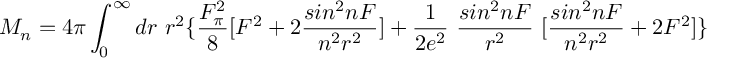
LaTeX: M _ { n } = 4 \pi \int _ { 0 } ^ { \infty } d r ~ r ^ { 2 } \{ \frac { F _ { \pi } ^ { 2 } } { 8 } [ F ^ { 2 } + 2 \frac { s i n ^ { 2 } n F } { n ^ { 2 } r ^ { 2 } } ] + \frac { 1 } { 2 e ^ { 2 } } ~ \frac { s i n ^ { 2 } n F } { r ^ { 2 } } ~ [ \frac { s i n ^ { 2 } n F } { n ^ { 2 } r ^ { 2 } } + 2 F ^ { 2 } ] \}